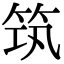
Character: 筑